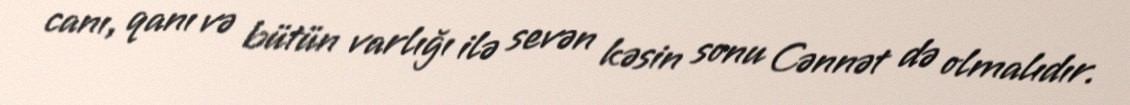
canı, qanı və bütün varlığı ilə sevən kəsin sonu Cənnət də olmalıdır.